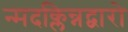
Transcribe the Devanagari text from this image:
न्मदक्लिन्नद्वारो